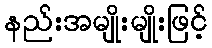
နည်းအမျိုးမျိုးဖြင့်